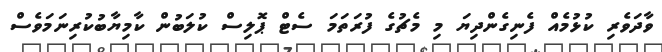
ވާދަވެރި ކުޅުމެއް ފެނިގެންދިޔަ މި މެޗުގެ ފުރަތަމަ ސެޓް ޕޮލިސް ކުލަބުން ކާމިޔާބުކުރިނަމަވެސް